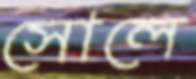
সোলে